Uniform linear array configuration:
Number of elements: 32
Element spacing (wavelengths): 1
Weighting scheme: binomial
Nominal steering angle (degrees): -15
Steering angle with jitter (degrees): -15.471
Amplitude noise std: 0.05
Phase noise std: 0.05

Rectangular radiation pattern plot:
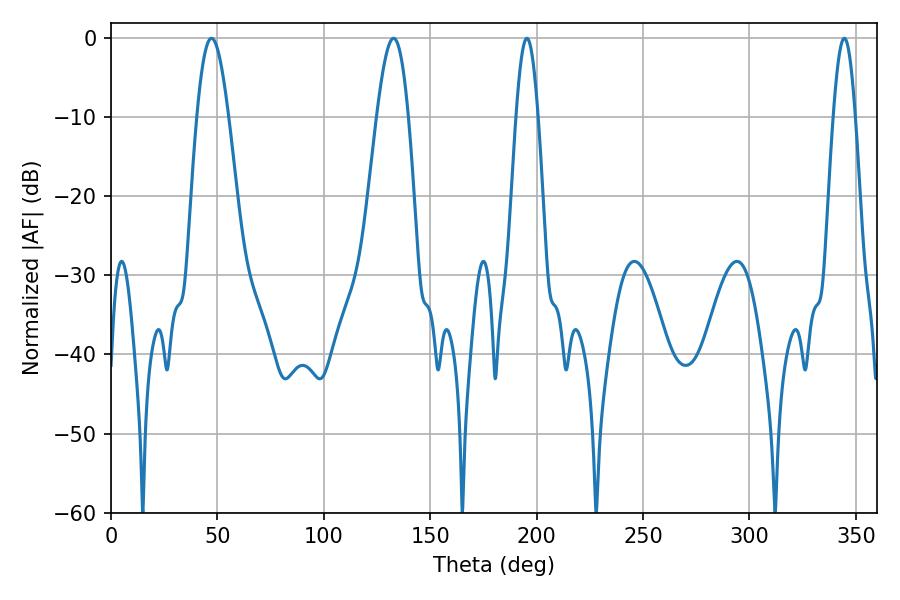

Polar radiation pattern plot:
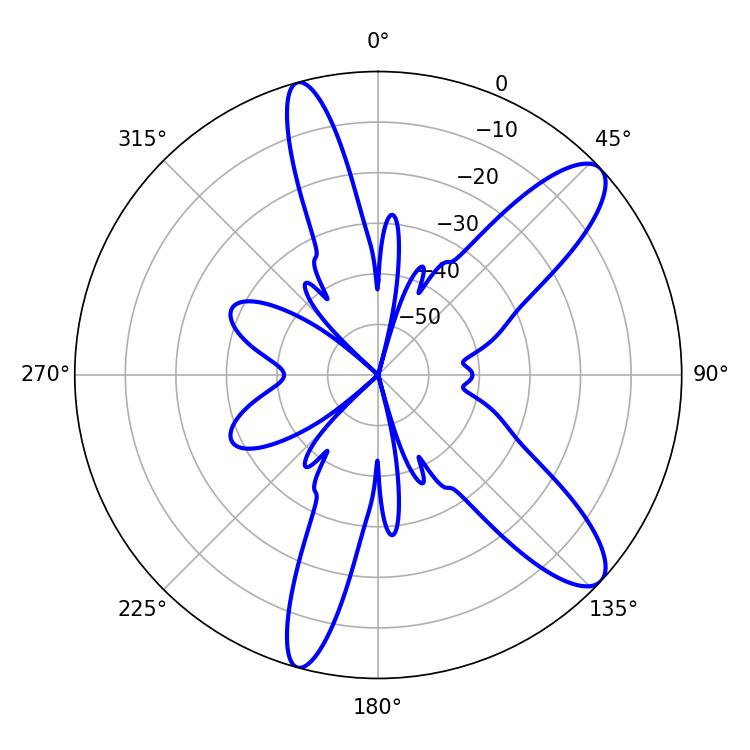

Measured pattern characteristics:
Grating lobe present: TRUE
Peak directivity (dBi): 10.758
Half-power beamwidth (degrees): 7.92
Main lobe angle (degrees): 47.16